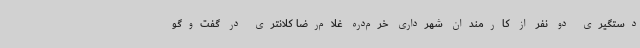
دستگیری دو نفر از کارمندان شهرداری خرم‌دره غلام‌رضا کلانتری در گفت‌وگو